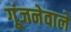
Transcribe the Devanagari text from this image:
गूंजनेवाले